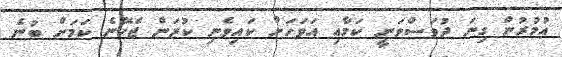
އުމުރުން ގިނަ ދުވަސްވަނީ ކަމާއި އަވަހަށް ކައިވެނި ކުރަން ޖެހޭނެ ކަމަށް ބުނެ